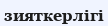
зияткерлігі